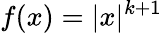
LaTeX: f(x)=|x|^{k+1}